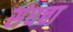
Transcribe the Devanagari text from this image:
संघचा